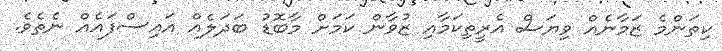
ކިތަންމެ ޒަމާނެއް ވިޔަސް އެރީތިކަމާއި ޒުވާން ކަމަށް މާބޮޑު ބަދަލެއް އައިސްފައެއް ނެތެވެ.